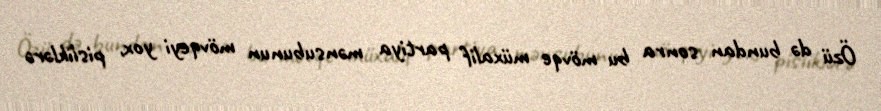
Özü də bundan sonra bu mövqe müxalif partiya mənsubunun mövqeyi yox, pisliklərə